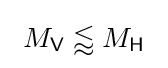
\ M_{\mathsf {V}}\lessapprox M_{\mathsf {H}}\